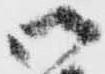
御